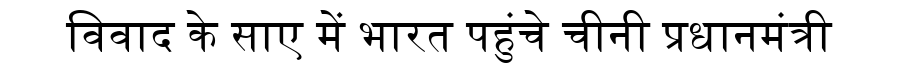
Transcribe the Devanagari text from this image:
विवाद के साए में भारत पहुंचे चीनी प्रधानमंत्री